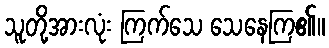
သူတို့အားလုံး ကြက်သေ သေနေကြ၏။